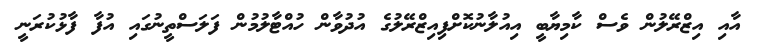
އާއި އިޒްރޭލުން ވެސް ކާމިޔާބީ އިއުލާނުކޮށްފިއިޒްރޭލުގެ އުދުވާން ހުއްޓާލުމުން ފަލަސްތީނުގައި އުފާ ފާޅުކުރަނީ